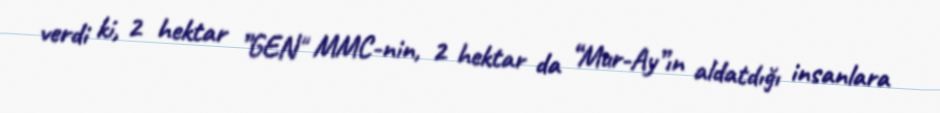
verdi ki, 2 hektar ”GEN" MMC-nin, 2 hektar da “Mur-Ay”ın aldatdığı insanlara